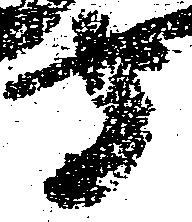
守